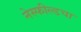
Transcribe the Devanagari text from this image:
नेस्फील्डचा